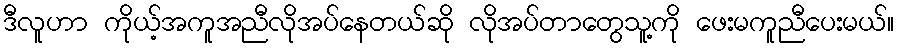
ဒီလူဟာ ကိုယ့်အကူအညီလိုအပ်နေတယ်ဆို လိုအပ်တာတွေသူ့ကို ဖေးမကူညီပေးမယ်။